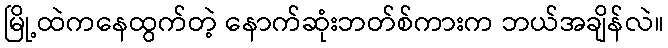
မြို့ထဲကနေထွက်တဲ့ နောက်ဆုံးဘတ်စ်ကားက ဘယ်အချိန်လဲ။